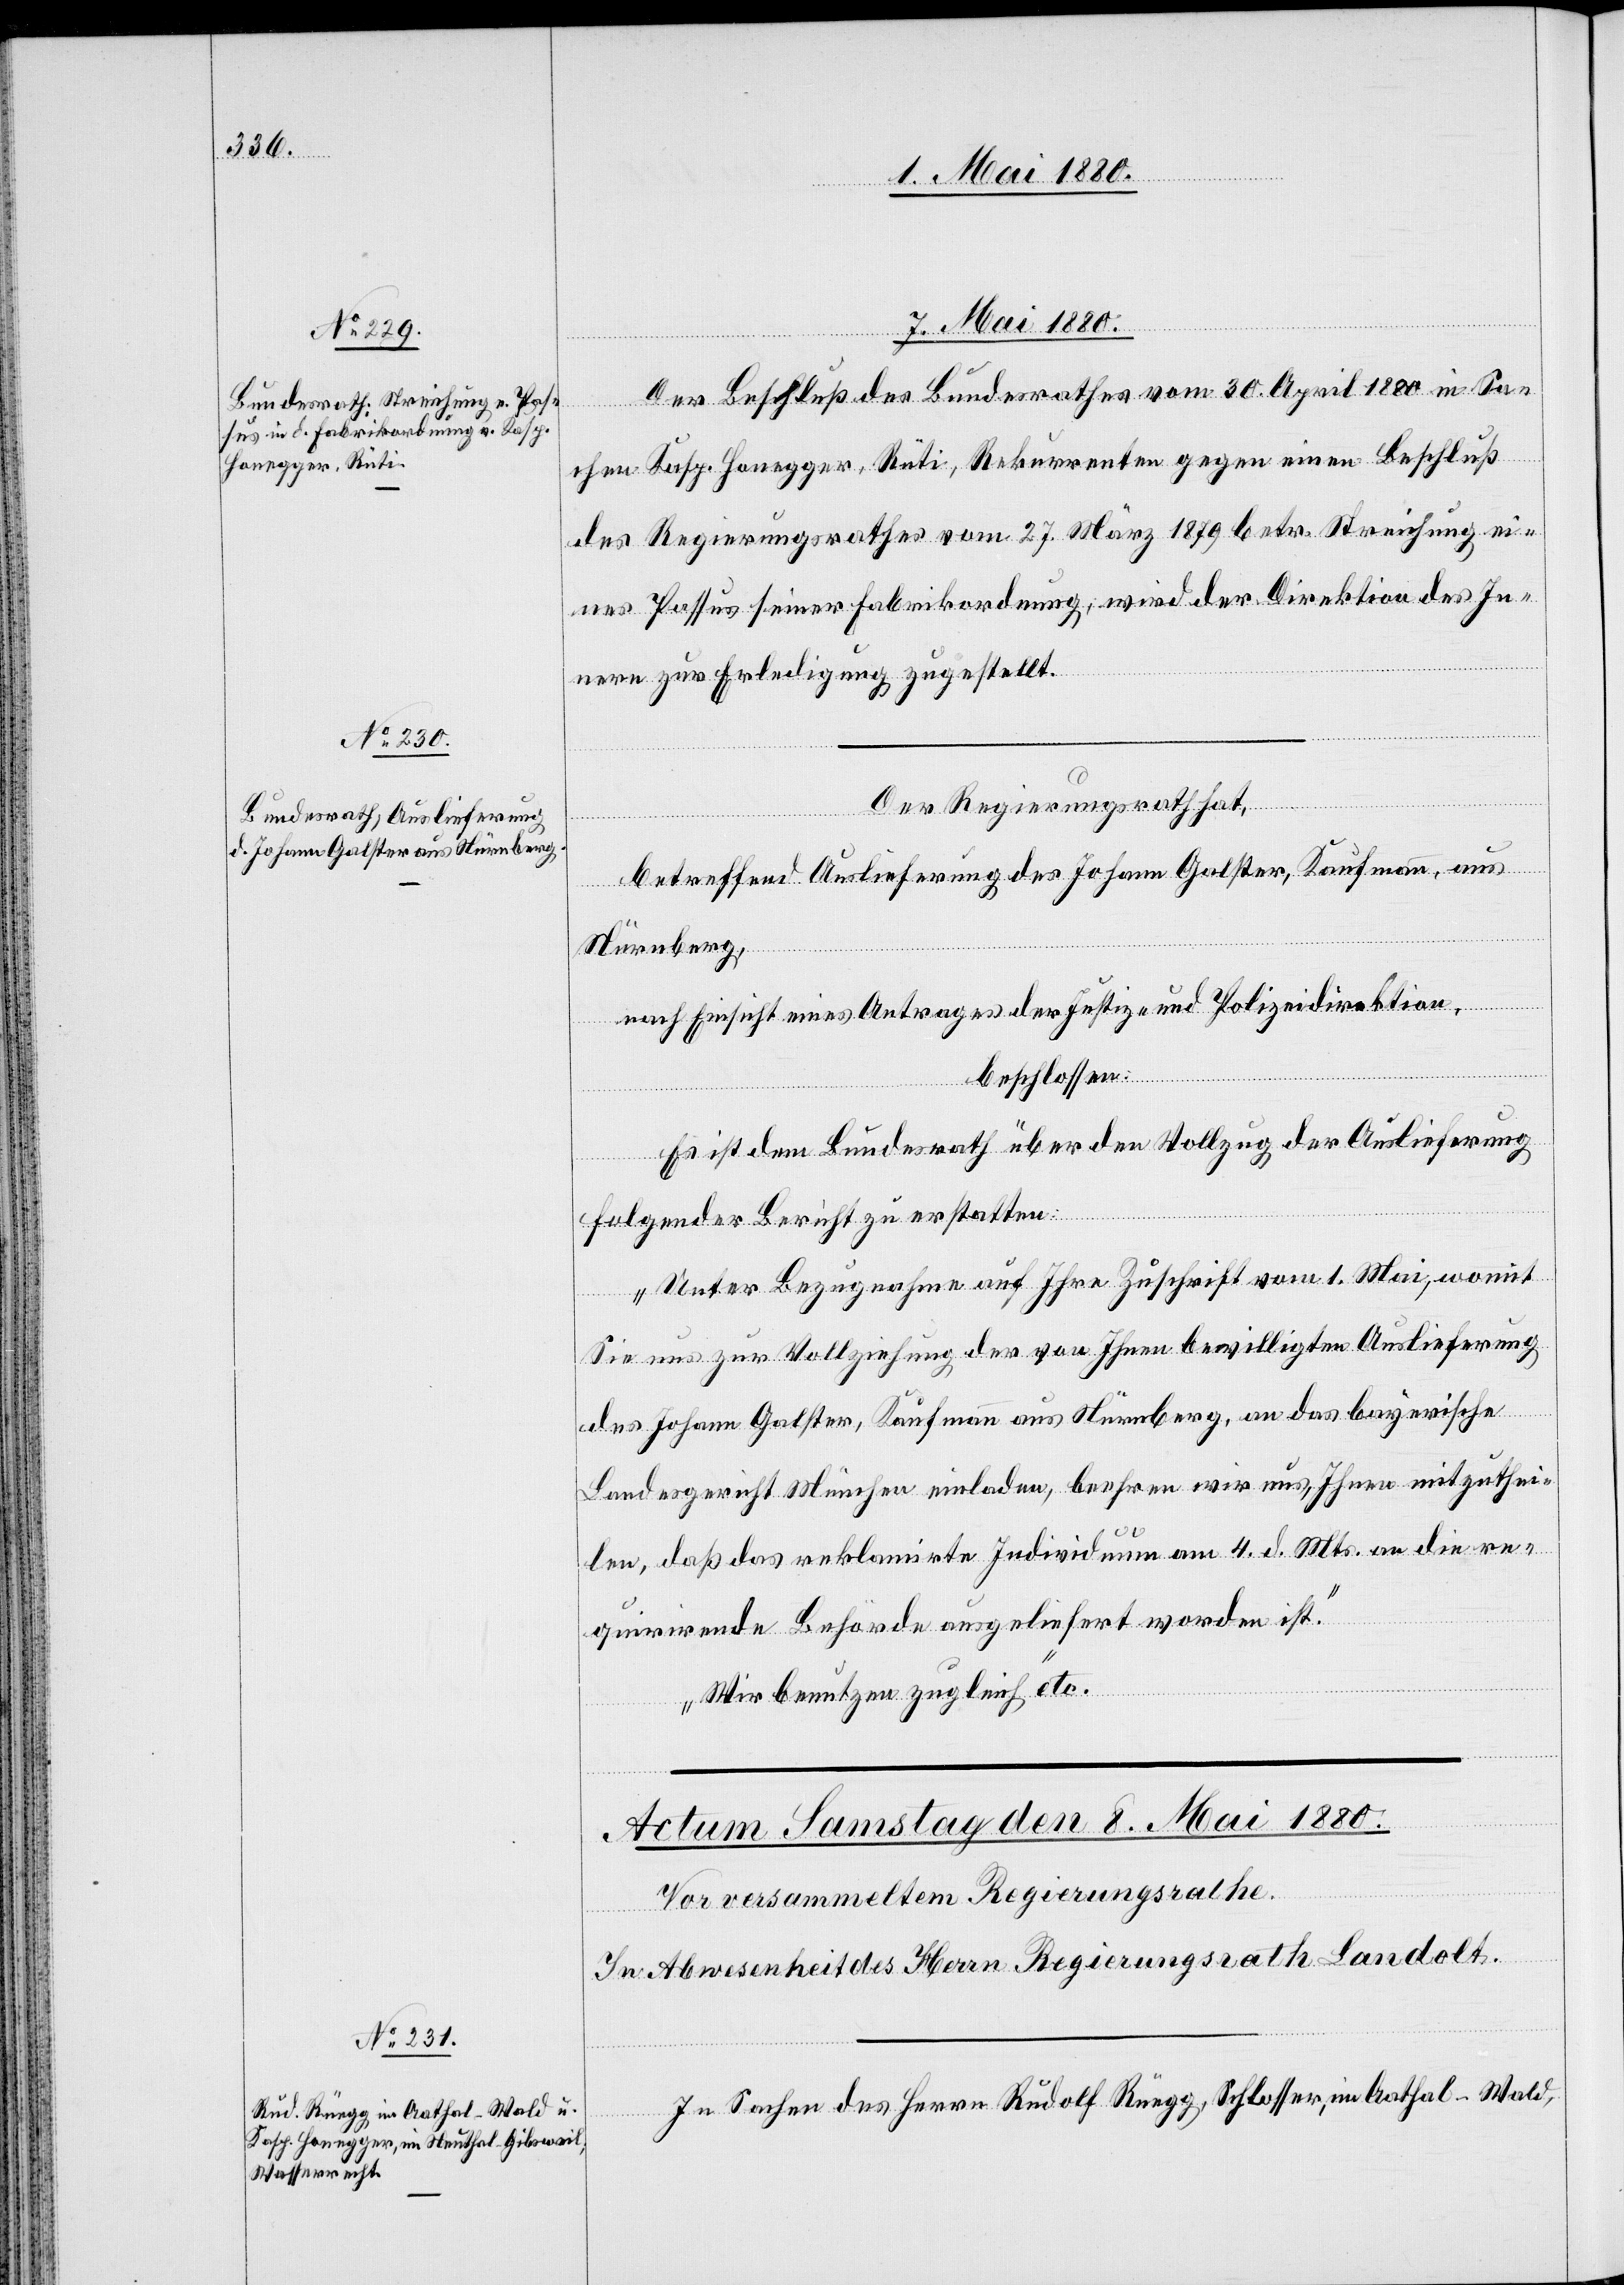
Aathal
7. Mai 1880.]
Der Beschluß des Bundesrathes vom 30. April 1880 in Sa¬
ser,
chen Kasp. Honegger, Rüti, Rekurrenten gegen einen Beschluß
des Regierungsrathes vom 27. März 1879 betr. Streichung ei¬
nes Passus seiner Fabrikordnung, wird der Direktion des In¬
nern zur Erledigung zugestellt.
Der Regierungsrath hat,
betreffend Auslieferung des Johann Galster, Kaufmann, aus
Nürnberg,
nach Einsicht eines Antrages der Justiz- & Polizeidirektion,
beschlossen:
Es ist dem Bundesrath über den Vollzug der Auslieferung
folgender Bericht zu erstatten:
„Unter Bezugnahme auf Ihre Zuschrift vom 1. Mai, womit
Wald,
Sie uns zur Vollziehung der von Ihnen bewilligten Auslieferung
des Johann Galster, Kaufmann aus Nürnberg, an das bayerische
Landesgericht München einladen, beehren wir uns, Ihnen mitzuthei¬
len, daß das reklamirte Individuum am 4. d. Mts. an die re¬
quirirende Behörde ausgeliefert worden ist.
im
Wir benutzen zugleich“ etc.